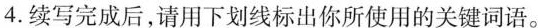
4.续写完成后,请用下划线标出你所使用的关键词语。